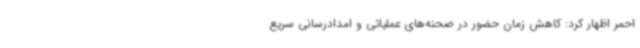
احمر اظهار کرد: کاهش زمان حضور در صحنه‌های عملیاتی و امدادرسانی سریع